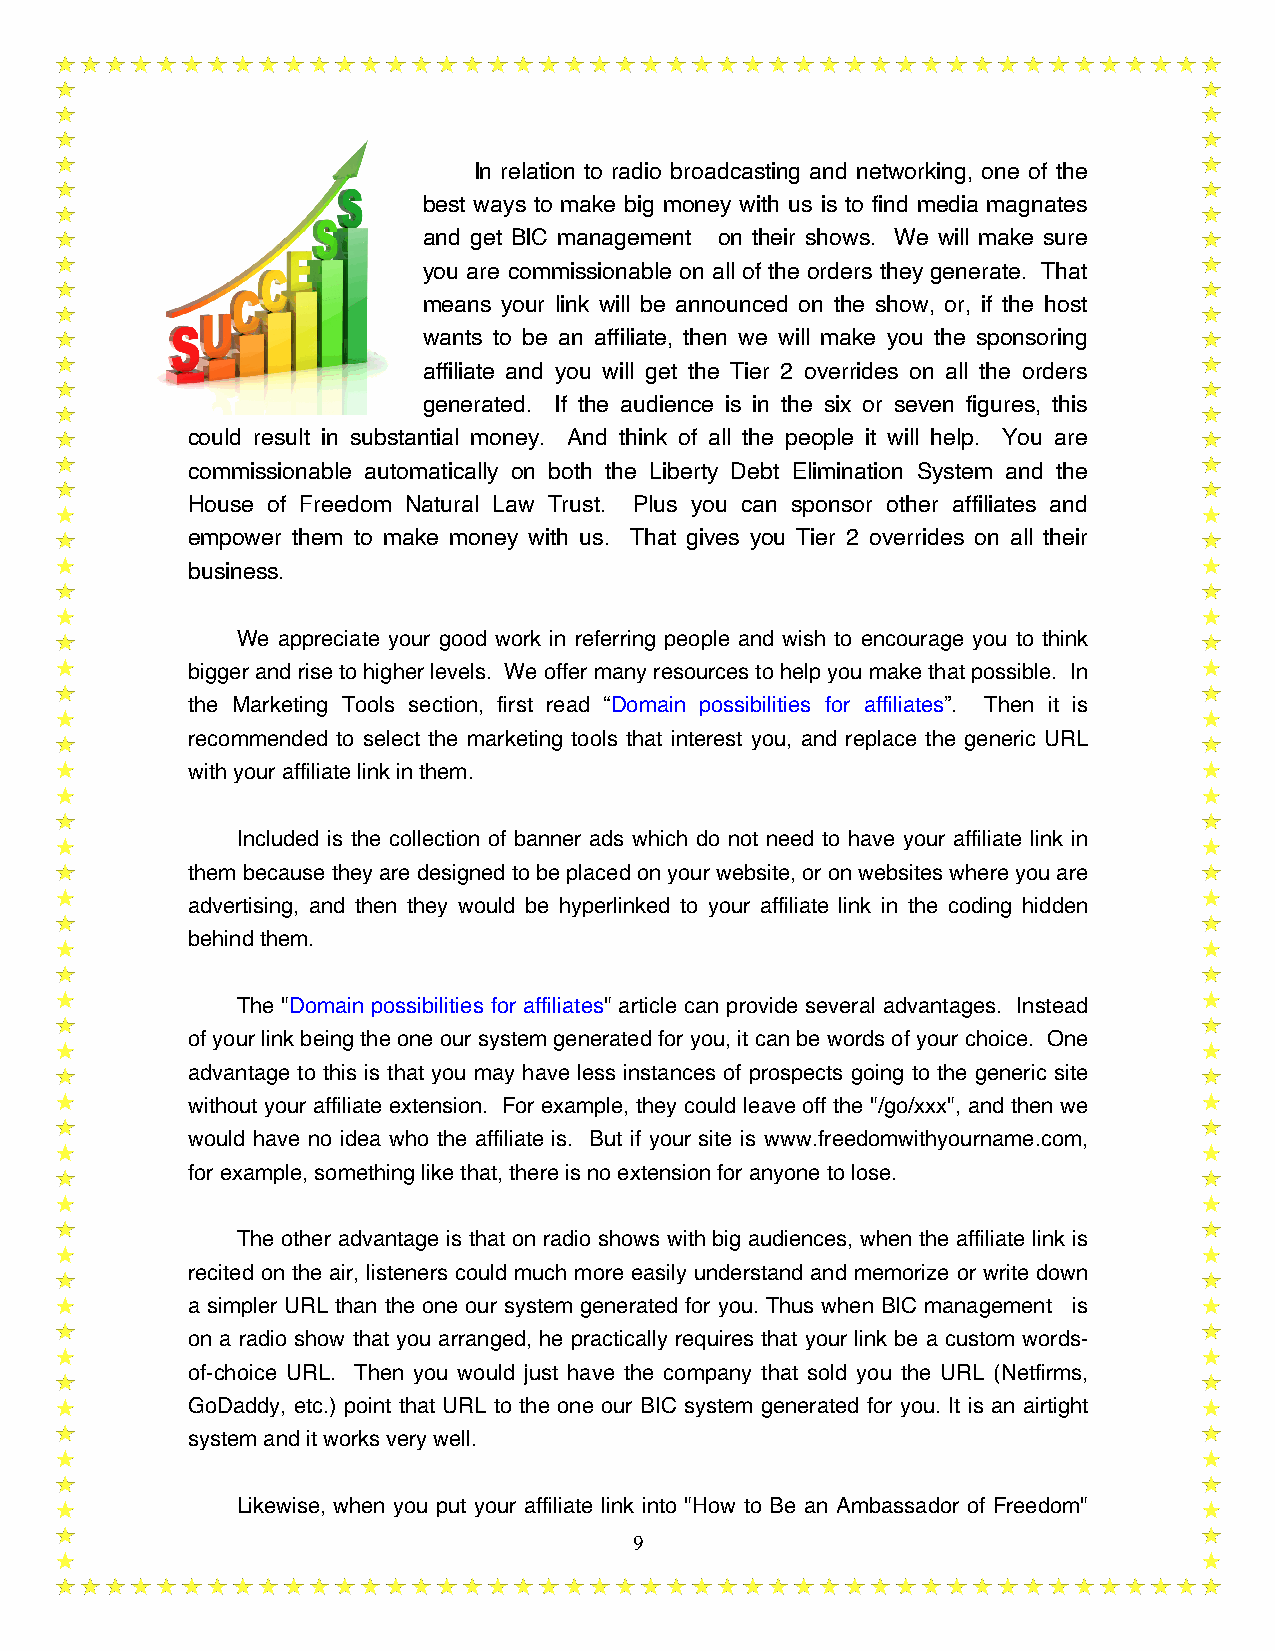
In relation to radio broadcasting and networking, one of the
 best ways to make big money with us is to find media magnates
 and get BIC management on their shows. We will make sure
 you are commissionable on all of the orders they generate. That
 means your link will be announced on the show, or, if the host
 wants to be an affiliate, then we will make you the sponsoring
 affiliate and you will get the Tier 2 overrides on all the orders
 generated. If the audience is in the six or seven figures, this
 could result in substantial money. And think of all the people it will help. You are
 commissionable automatically on both the Liberty Debt Elimination System and the
 House of Freedom Natural Law Trust. Plus you can sponsor other affiliates and
 empower them to make money with us. That gives you Tier 2 overrides on all their
 business.
 We appreciate your good work in referring people and wish to encourage you to think
 bigger and rise to higher levels. We offer many resources to help you make that possible. In
 the Marketing Tools section, first read “Domain possibilities for affiliates”. Then it is
 recommended to select the marketing tools that interest you, and replace the generic URL
 with your affiliate link in them.
 Included is the collection of banner ads which do not need to have your affiliate link in
 them because they are designed to be placed on your website, or on websites where you are
 advertising, and then they would be hyperlinked to your affiliate link in the coding hidden
 behind them.
 The "Domain possibilities for affiliates" article can provide several advantages. Instead
 of your link being the one our system generated for you, it can be words of your choice. One
 advantage to this is that you may have less instances of prospects going to the generic site
 without your affiliate extension. For example, they could leave off the "/go/xxx", and then we
 would have no idea who the affiliate is. But if your site is www.freedomwithyourname.com,
 for example, something like that, there is no extension for anyone to lose.
 The other advantage is that on radio shows with big audiences, when the affiliate link is
 recited on the air, listeners could much more easily understand and memorize or write down
 a simpler URL than the one our system generated for you. Thus when BIC management is
 on a radio show that you arranged, he practically requires that your link be a custom words-
 of-choice URL. Then you would just have the company that sold you the URL (Netfirms,
 GoDaddy, etc.) point that URL to the one our BIC system generated for you. It is an airtight
 system and it works very well.
 Likewise, when you put your affiliate link into "How to Be an Ambassador of Freedom"
 9